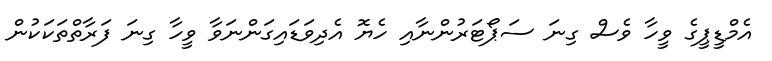
އެމްޑީޕީގެ ވީހާ ވެސް ގިނަ ސަޕޯޓަރުންނާއި ހެޔޮ އެދިވަޑައިގަންނަވާ ވީހާ ގިނަ ފަރާތްތަކަކުން